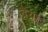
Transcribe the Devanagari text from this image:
ब्रैया